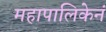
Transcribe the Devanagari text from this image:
महापालिकेनं